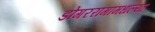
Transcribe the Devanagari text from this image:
डोंगररांगांमधल्या